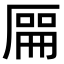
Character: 𫨘